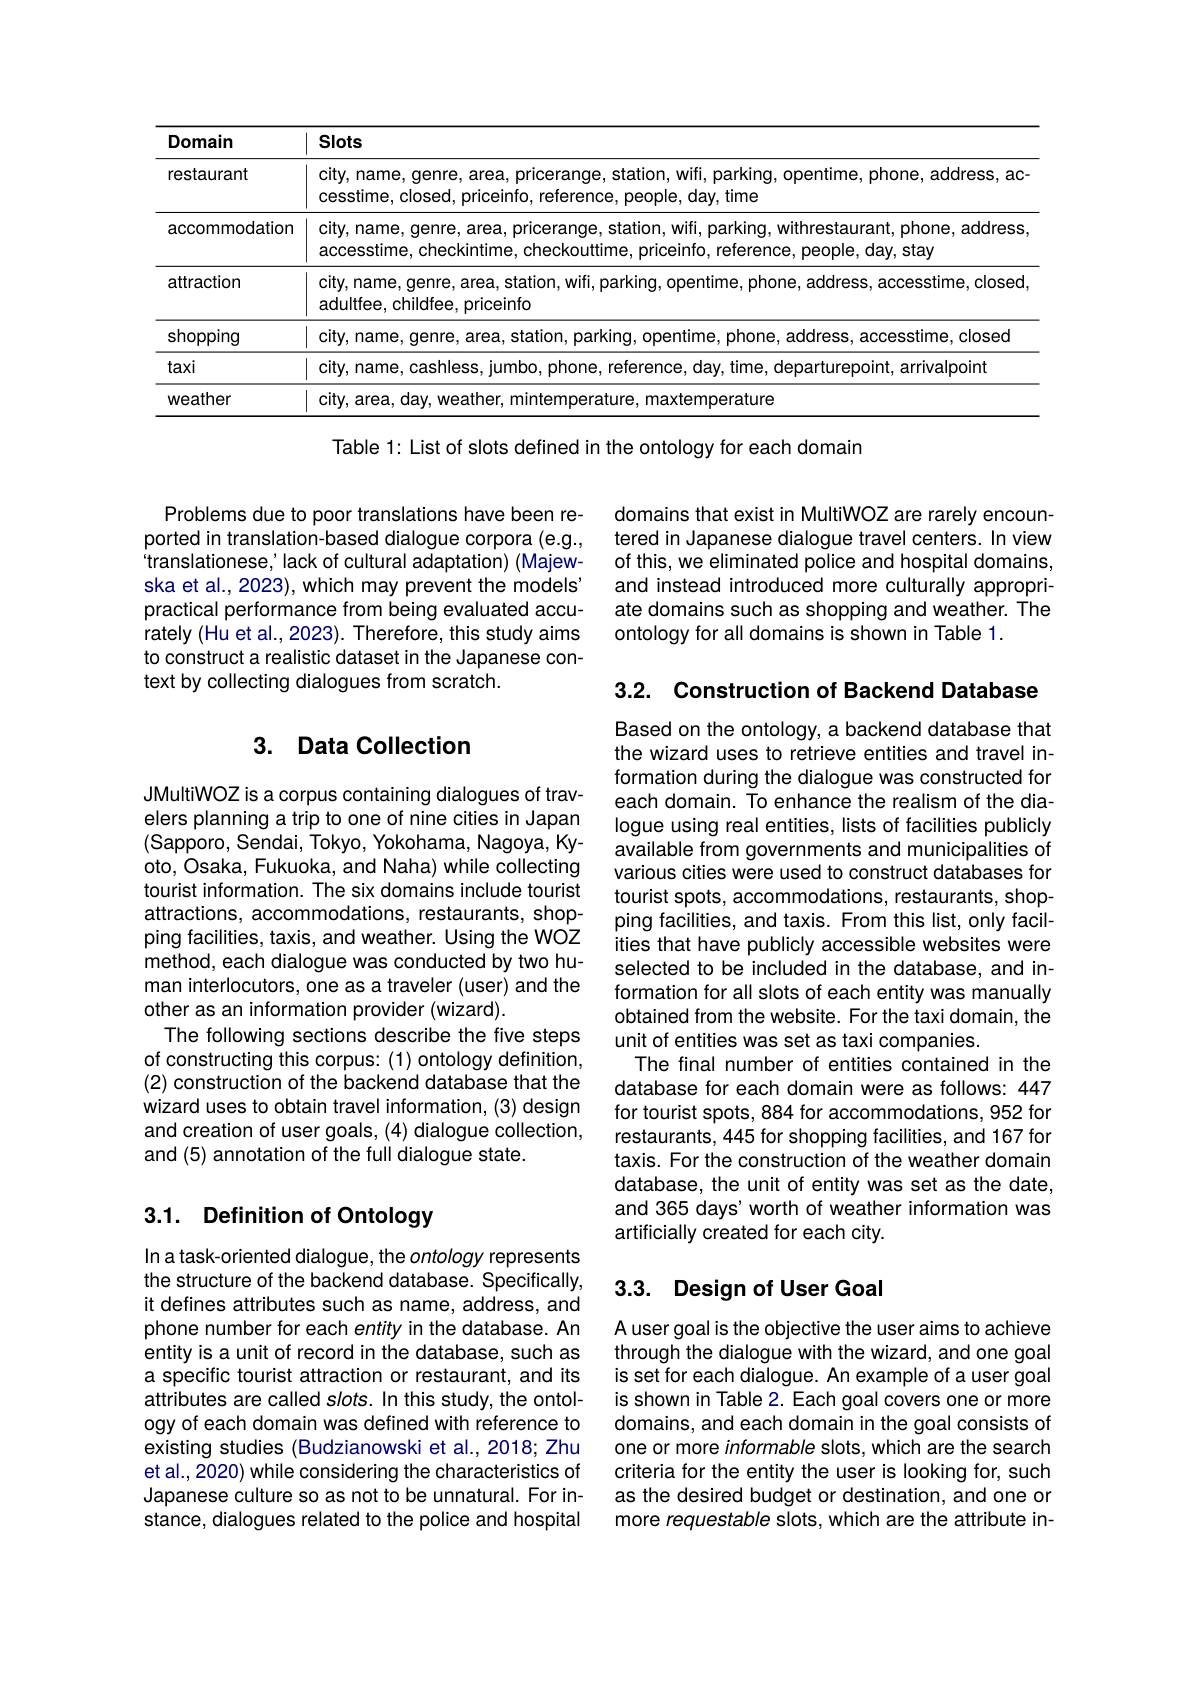
<table>
	<tbody>
		<tr>
			<th>Domain</th>
			<th>Slots</th>
		</tr>
		<tr>
			<td>restaurant</td>
			<td>city, name, genre, area, pricerange, station, wifi, parking, opentime, phone, address, ac cesstime, closed, priceinfo, reference, people, day, time</td>
		</tr>
		<tr>
			<td>accommodation</td>
			<td>city, name, genre, area, pricerange, station, wifi, parking, withrestaurant, phone, address, accesstime, checkintime, checkouttime, priceinfo, reference, people, day, stay</td>
		</tr>
		<tr>
			<td>attraction</td>
			<td>city, name, genre, area, station, wifi, parking, opentime, phone, address, accesstime, closed, adultfee, childfee, priceinfo</td>
		</tr>
		<tr>
			<td>shopping</td>
			<td>city, name, genre, area, station, parking, d opentime, phone, address, accesstime, closed</td>
		</tr>
		<tr>
			<td>taxi</td>
			<td>citv. name. cashless. lumbo. c time.( departurepoint, arrivalpoint</td>
		</tr>
		<tr>
			<td>weather</td>
			<td>emperature</td>
		</tr>
	</tbody>
</table>

Table 1: List of slots defined in the ontology for each domain

domains that exist in MultiWOZ are rarely encountered in Japanese dialogue travel centers. In view of this, we eliminated police and hospital domains, and instead introduced more culturally appropriate domains such as shopping and weather. The ontology for all domains is shown in Table 1.

Problems due to poor translations have been reported in translation-based dialogue corpora (e.g., 'translationese, ' lack of cultural adaptation) ( Majewska et al., 2023), which may prevent the models' practical performance from being evaluated accurately (Hu et al., 2023). Therefore, this study aims to construct a realistic dataset in the Japanese context by collecting dialogues from scratch.

3.2. Construction of Backend Database

## 3. Data Collection

JMultiWOZ is a corpus containing dialogues of travelers planning a trip to one of nine cities in Japan (Sapporo, Sendai, Tokyo, Yokohama, Nagoya, Kyoto, Osaka, Fukuoka, and Naha) while collecting tourist information. The six domains include tourist attractions, accommodations, restaurants, shopping facilities, taxis, and weather. Using the WOZ method, each dialogue was conducted by two human interlocutors, one as a traveler (user) and the other as an information provider (wizard).
The following sections describe the five steps of constructing this corpus: (1) ontology definition, (2) construction of the backend database that the wizard uses to obtain travel information, (3) design and creation of user goals, (4) dialogue collection, and (5) annotation of the full dialogue state.

Based on the ontology, a backend database that the wizard uses to retrieve entities and travel information during the dialogue was constructed for each domain. To enhance the realism of the dialogue using real entities, lists of facilities publicly available from governments and municipalities of various cities were used to construct databases for tourist spots, accommodations, restaurants, shopping facilities, and taxis. From this list, only facilities that have publicly accessible websites were selected to be included in the database, and information for all slots of each entity was manually obtained from the website. For the taxi domain, the unit of entities was set as taxi companies.
The final number of entities contained in the database for each domain were as follows: 447 for tourist spots, 884 for accommodations, 952 for restaurants, 445 for shopping facilities, and 167 for taxis. For the construction of the weather domain database, the unit of entity was set as the date, and 365 days' worth of weather information was artificially created for each city

# 3.1. Definition of Ontology

## 3.3. Design of User Goal

In a task-oriented dialogue, the ontology represents the structure of the backend database. Specifically, it defines attributes such as name, address, and phone number for each entity in the database. An entity is a unit of record in the database, such as a specific tourist attraction or restaurant, and its attributes are called slots. In this study, the ontology of each domain was defined with reference to existing studies (Budzianowski et al.,2018; Zhu et al., 2020) while considering the characteristics of Japanese culture so as not to be unnatural. For instance, dialogues related to the police and hospital

Auser goal is the objective the user aims to achieve through the dialogue with the wizard, and one goal is set for each dialogue. An example of a user goal is shown in Table 2. Each goal covers one or more domains, and each domain in the goal consists of one or more informable slots, which are the search criteria for the entity the user is looking for, such as the desired budget or destination, and one or more requestable siots, which are the attribute in-